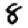
Digit: 8